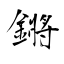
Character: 鏘